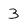
Character: 3